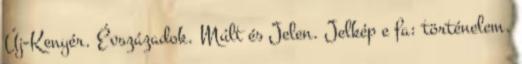
Új-Kenyér. Évszázadok. Múlt és Jelen. Jelkép e fa: történelem.